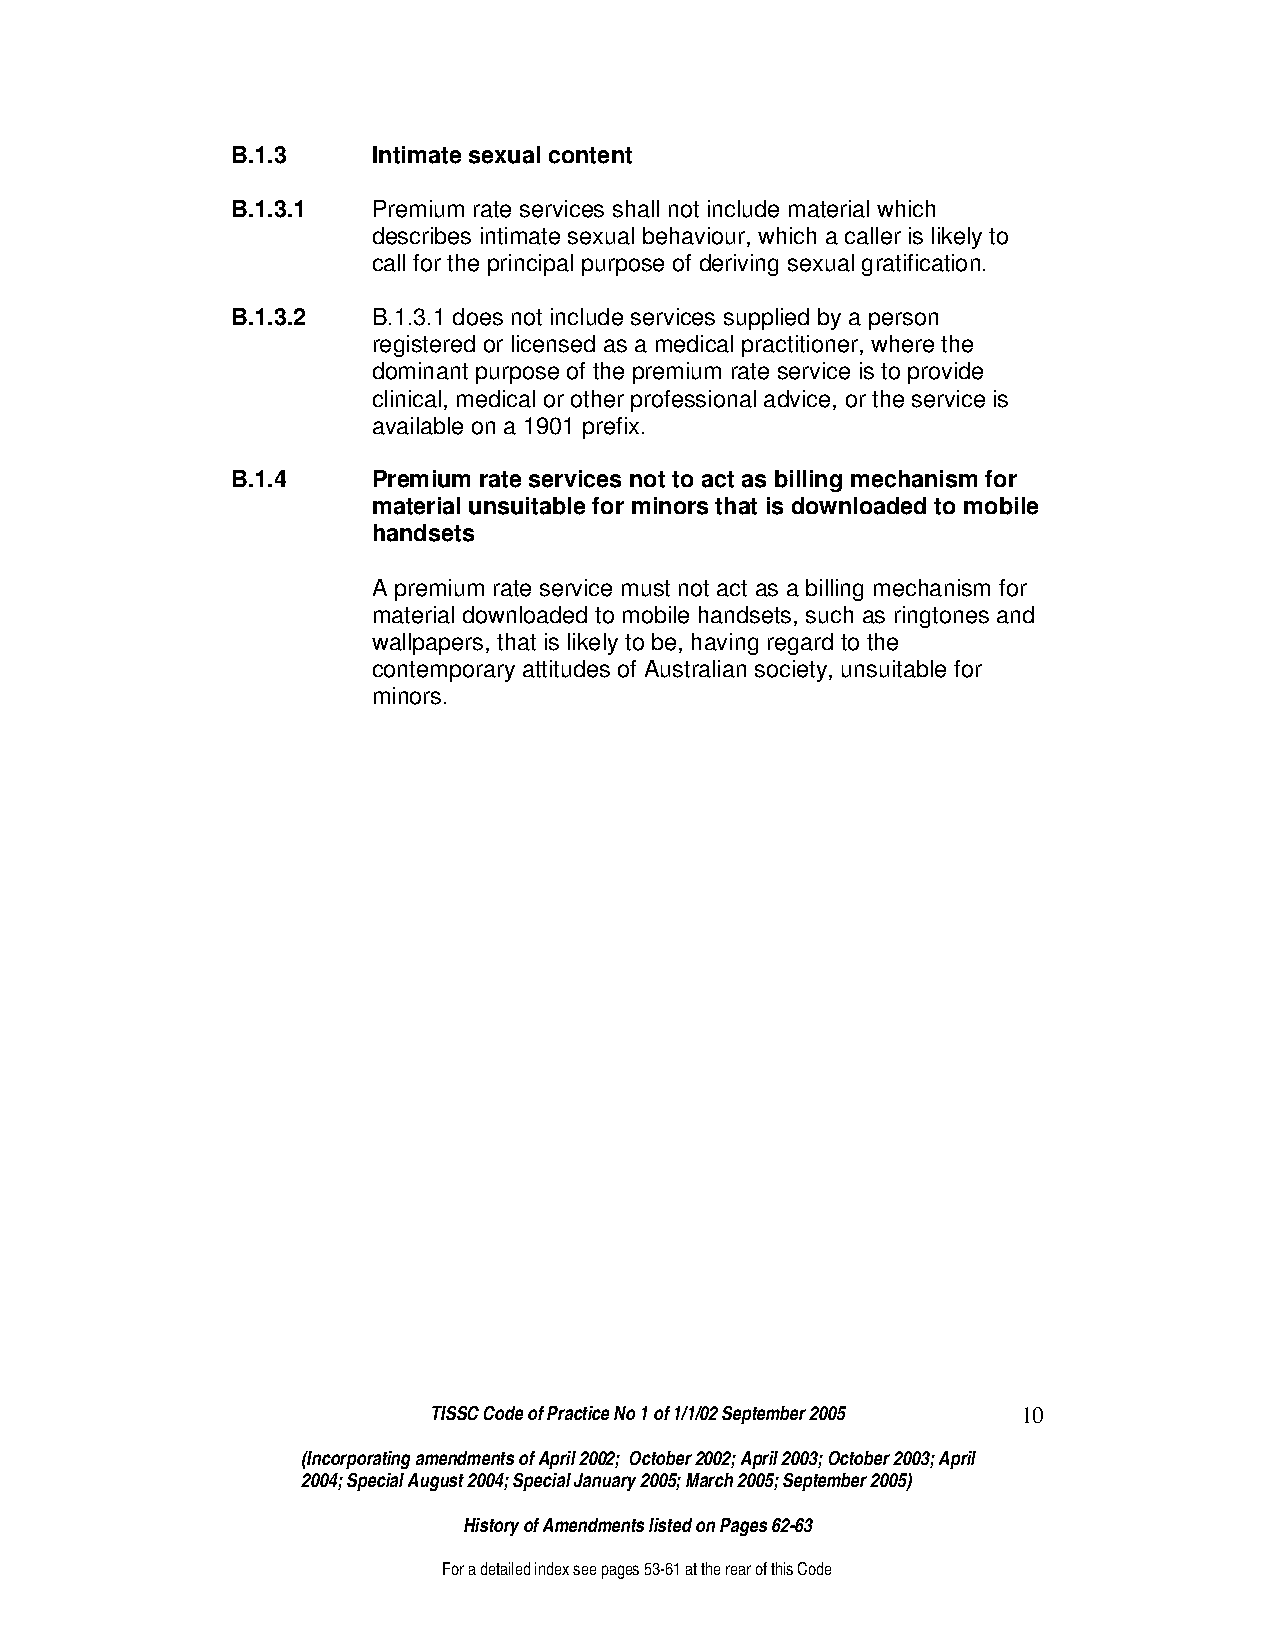
B.1.3     Intimate sexual content
 B.1.3.1   Premium rate services shall not include material which
 describes intimate sexual behaviour, which a caller is likely to
 call for the principal purpose of deriving sexual gratification.
 B.1.3.2   B.1.3.1 does not include services supplied by a person
 registered or licensed as a medical practitioner, where the
 dominant purpose of the premium rate service is to provide
 clinical, medical or other professional advice, or the service is
 available on a 1901 prefix.
 B.1.4     Premium rate services not to act as billing mechanism for
 material unsuitable for minors that is downloaded to mobile
 handsets
 A premium rate service must not act as a billing mechanism for
 material downloaded to mobile handsets, such as ringtones and
 wallpapers, that is likely to be, having regard to the
 contemporary attitudes of Australian society, unsuitable for
 minors.
 TISSC Code of Practice No 1 of 1/1/02 September 2005 10
 (Incorporating amendments of April 2002; October 2002; April 2003; October 2003; April
 2004; Special August 2004; Special January 2005; March 2005; September 2005)
 History of Amendments listed on Pages 62-63
 For a detailed index see pages 53-61 at the rear of this Code